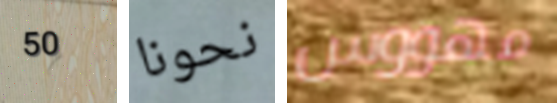
50 نحونا مهووس